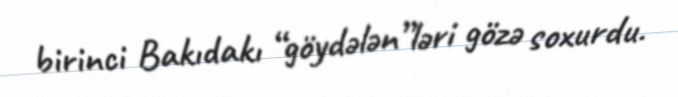
birinci Bakıdakı “göydələn”ləri gözə soxurdu.